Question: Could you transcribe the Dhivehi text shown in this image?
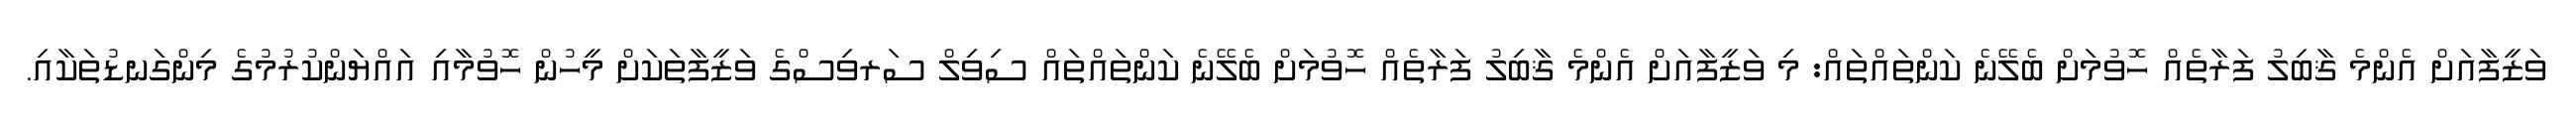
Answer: ވަޒީފާއަށް އެންމެ ޤާބިލު ފަރާތެއް ހޮވުމަށް ބެލޭނެ ކަންތައްތައް: މި ވަޒީފާއަށް އެންމެ ޤާބިލު ފަރާތެއް ހޮވުމަށް ބެލޭނެ ކަންތައްތައް ސިވިލް ސަރވިސްގެ ވަޒީފާތަކަށް މީހުން ހޮވުމާއި އައްޔަންކުރުމުގެ މިންގަނޑުތަކާއި.